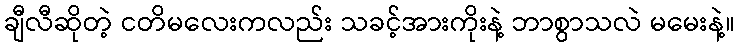
ချီလီဆိုတဲ့ ငတိမလေးကလည်း သခင့်အားကိုးနဲ့ ဘာစွာသလဲ မမေးနဲ့။